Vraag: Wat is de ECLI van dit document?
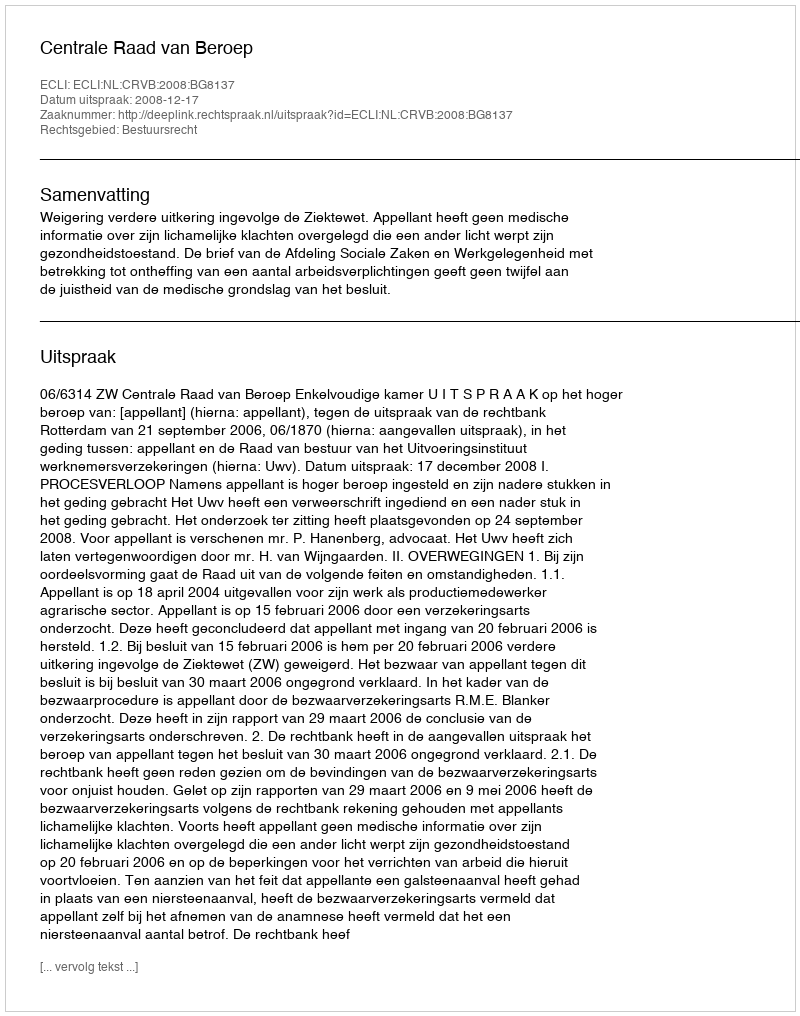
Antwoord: ECLI:NL:CRVB:2008:BG8137